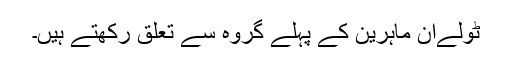
ٹولےان ماہرین کے پہلے گروہ سے تعلق رکھتے ہیں۔